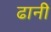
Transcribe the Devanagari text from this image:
ढानी